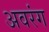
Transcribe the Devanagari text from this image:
अवरंग